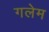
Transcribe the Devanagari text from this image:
गलेम